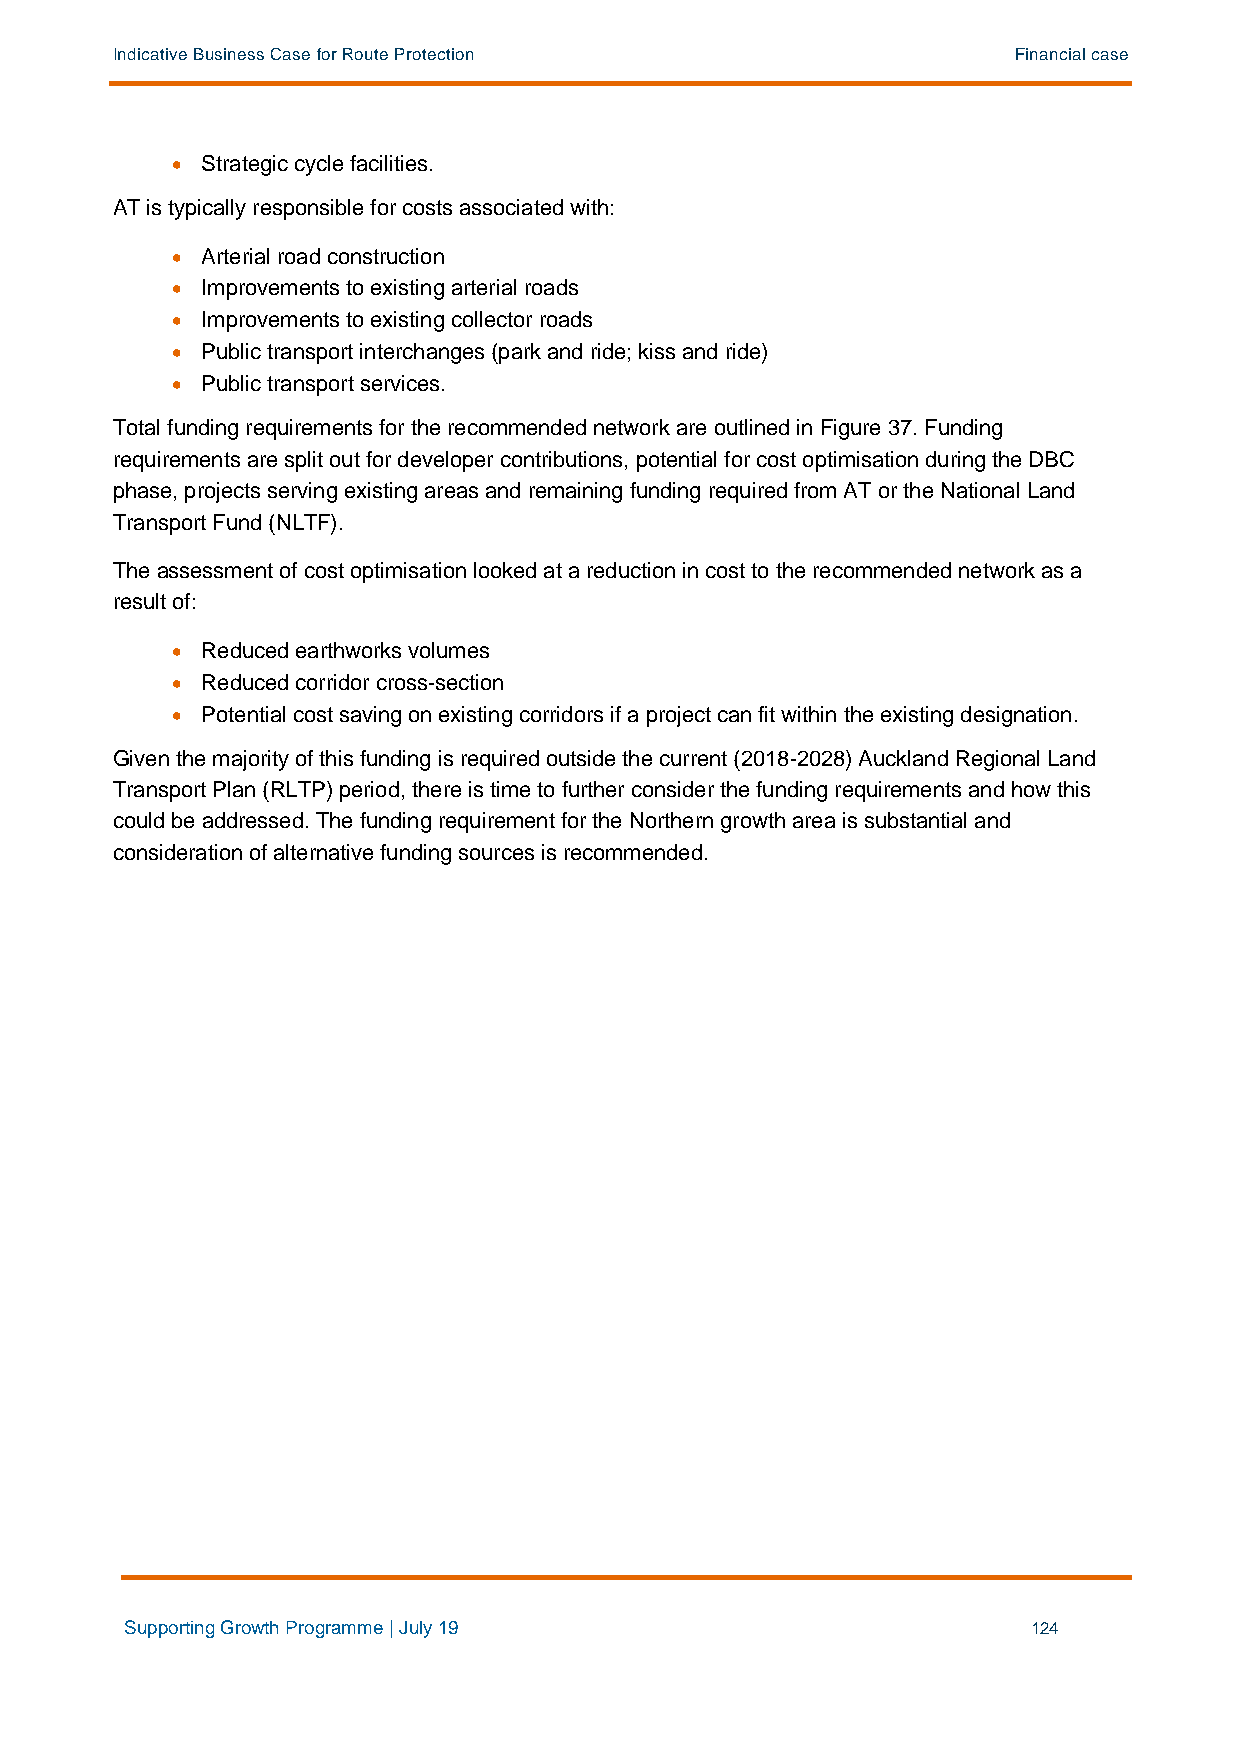
Indicative Business Case for Route Protection               Financial case
 • Strategic cycle facilities.
 AT is typically responsible for costs associated with:
 • Arterial road construction
 • Improvements to existing arterial roads
 • Improvements to existing collector roads
 • Public transport interchanges (park and ride; kiss and ride)
 • Public transport services.
 Total funding requirements for the recommended network are outlined in Figure 37. Funding
 requirements are split out for developer contributions, potential for cost optimisation during the DBC
 phase, projects serving existing areas and remaining funding required from AT or the National Land
 Transport Fund (NLTF).
 The assessment of cost optimisation looked at a reduction in cost to the recommended network as a
 result of:
 • Reduced earthworks volumes
 • Reduced corridor cross-section
 • Potential cost saving on existing corridors if a project can fit within the existing designation.
 Given the majority of this funding is required outside the current (2018-2028) Auckland Regional Land
 Transport Plan (RLTP) period, there is time to further consider the funding requirements and how this
 could be addressed. The funding requirement for the Northern growth area is substantial and
 consideration of alternative funding sources is recommended.
 Supporting Growth Programme | July 19                       124